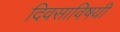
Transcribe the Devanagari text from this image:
दिवसाविषयी